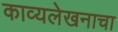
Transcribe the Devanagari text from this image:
काव्यलेखनाचा